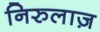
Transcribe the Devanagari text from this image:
निरुलाज़